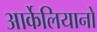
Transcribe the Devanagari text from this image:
आर्केलियानो